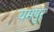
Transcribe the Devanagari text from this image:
यमपुर